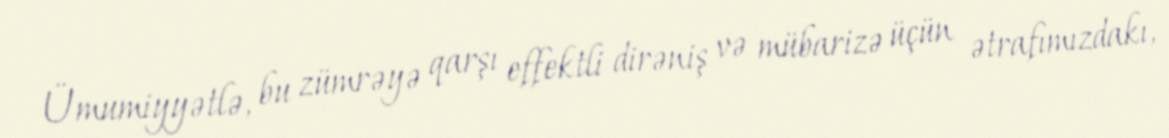
Ümumiyyətlə, bu zümrəyə qarşı effektli dirəniş və mübarizə üçün ətrafımızdakı,